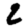
Digit: 2